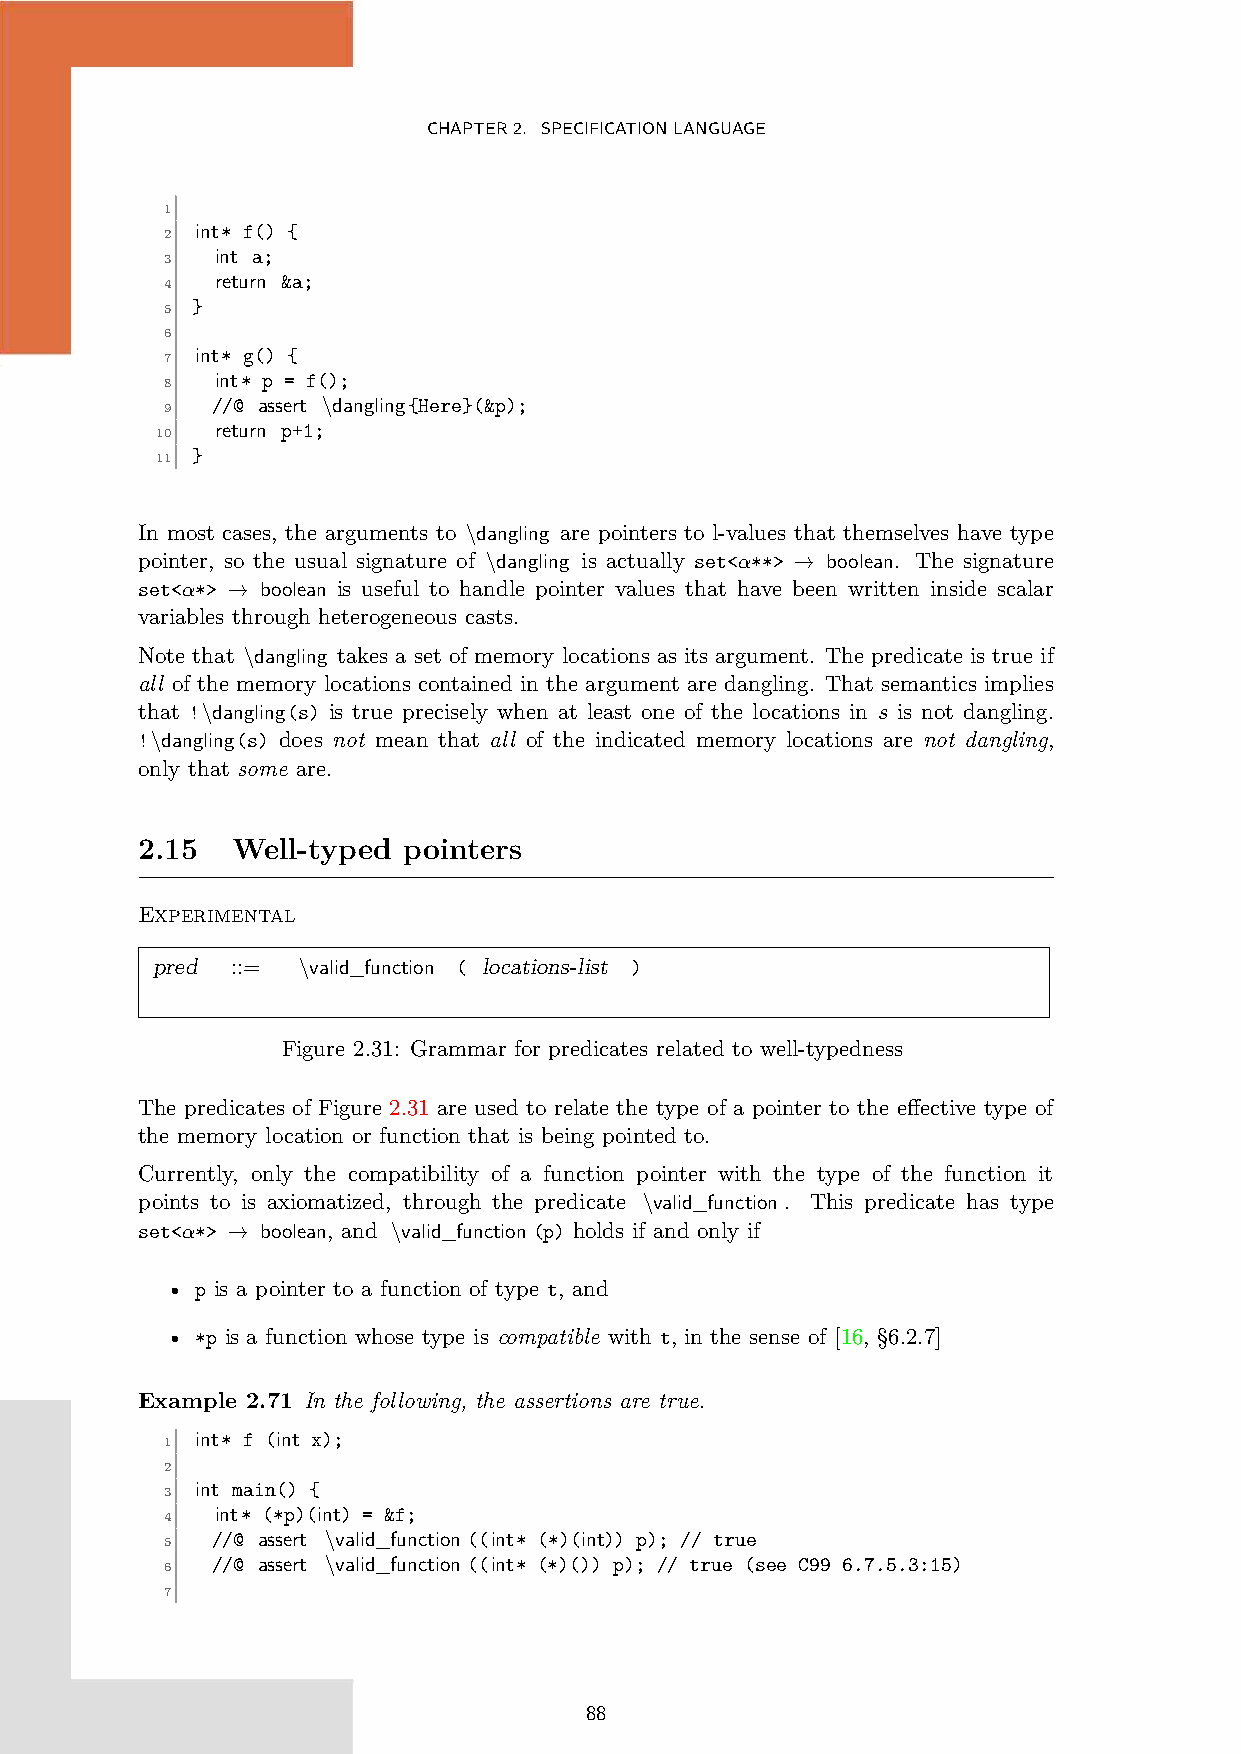
CHAPTER2. SPECIFICATIONLANGUAGE
 1
 int* f() {
 2
 int a;
 3
 return &a;
 4
 }
 5
 6
 int* g() {
 7
 int* p = f();
 8
 //@ assert \dangling{Here}(&p);
 9
 return p+1;
 10
 }
 11
 In most cases, the arguments to \dangling are pointers to l-values that themselves have type
 pointer, so the usual signature of \dangling is actually set<α**> → boolean. The signature
 set<α*> → boolean is useful to handle pointer values that have been written inside scalar
 variables through heterogeneous casts.
 Note that \dangling takes a set of memory locations as its argument. The predicate is true if
 all of the memory locations contained in the argument are dangling. That semantics implies
 that !\dangling(s) is true precisely when at least one of the locations in s is not dangling.
 !\dangling(s) does not mean that all of the indicated memory locations are not dangling,
 only that some are.
 2.15  Well-typed  pointers
 Experimental
 pred ::=  \valid_function ( locations-list )
 Figure 2.31: Grammar for predicates related to well-typedness
 The predicates of Figure 2.31 are used to relate the type of a pointer to the effective type of
 the memory location or function that is being pointed to.
 Currently, only the compatibility of a function pointer with the type of the function it
 points to is axiomatized, through the predicate \valid_function. This predicate has type
 set<α*> → boolean, and \valid_function(p) holds if and only if
 • p is a pointer to a function of type t, and
 • *p is a function whose type is compatible with t, in the sense of [16, §6.2.7]
 Example 2.71 In the following, the assertions are true.
 int* f (int x);
 1
 2
 int main() {
 3
 int* (*p)(int) = &f;
 4
 //@ assert \valid_function((int* (*)(int)) p); // true
 5
 //@ assert \valid_function((int* (*)()) p); // true (see C99 6.7.5.3:15)
 6
 7
 88